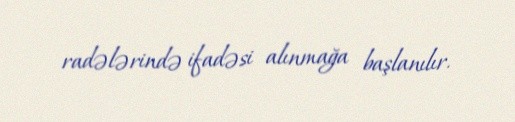
radələrində ifadəsi alınmağa başlanılır.